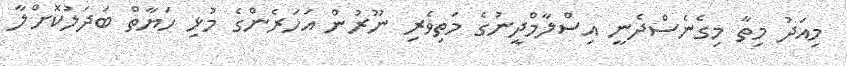
މިއަދު މިތާ މިގެނެސްދެނީ އިސްލާމްދީނުގެ މަތިވެރި ނޫރުން އަހަރެންގެ މުޅި ހަޔާތް ބަދަލުކޮށްލާ